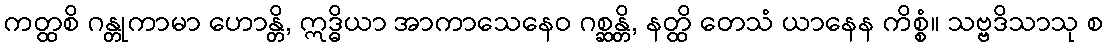
ကတ္ထစိ ဂန္တုကာမာ ဟောန္တိ, ဣဒ္ဓိယာ အာကာသေနေဝ ဂစ္ဆန္တိ, နတ္ထိ တေသံ ယာနေန ကိစ္စံ။ သဗ္ဗဒိသာသု စ